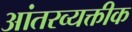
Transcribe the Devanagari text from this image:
आंतरव्यक्तीक